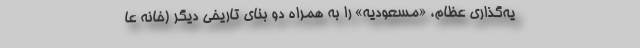
یه‌گذاری عظام، «مسعودیه» را به همراه دو بنای تاریخی دیگر (خانه عا